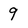
Character: 9